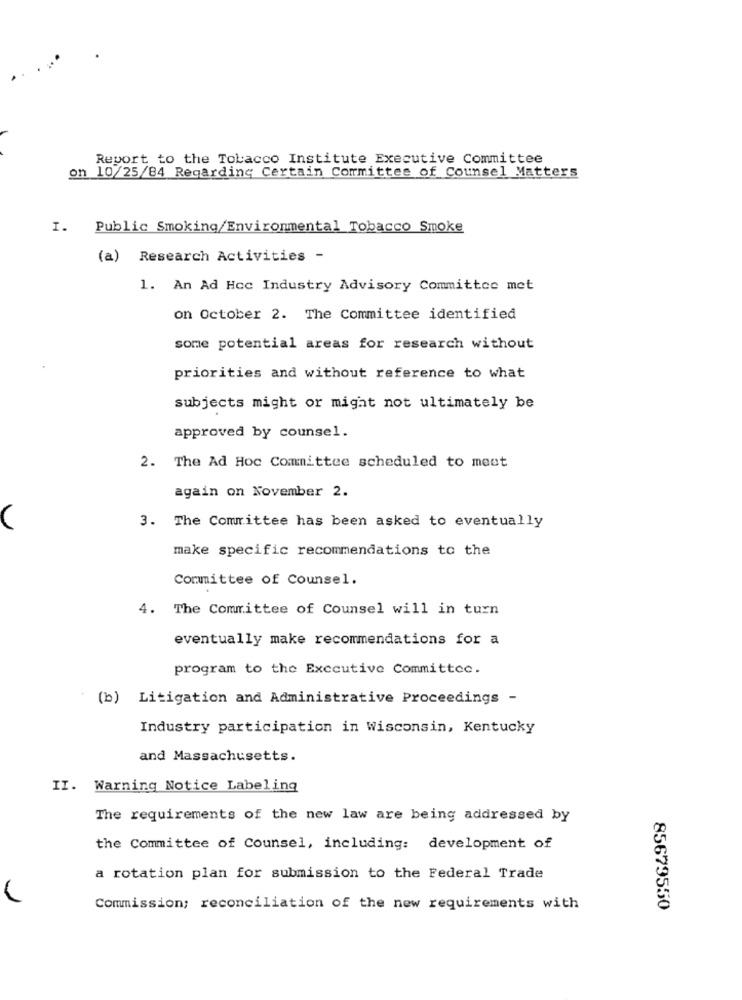
Report to the Tobacco Institute Executive Committee
on 10/25/84 Regarding Certain Committee of Counsel Matters
I. Public Smoking/Environmental Tobacco Smoke
(a) Research Activities -
1. An Ad Hoc Industry Advisory Committee met
on October 2. The Committee identified
some potential areas for research without
priorities and without reference to what
subjects might or might not ultimately be
approved by counsel.
2. The Ad Hoc Committee scheduled to meet
again on November 2.
3. The Committee has been asked to eventually
(
make specific recommendations to the
Committee of Counsel.
4. The Committee of Counsel will in turn
eventually make recommendations for a
program to the Executive Committee.
(b) Litigation and Administrative Proceedings -
Industry participation in Wisconsin, Kentucky
and Massachusetts.
II. Warning Notice Labeling
The requirements of the new law are being addressed by
the Committee of Counsel, including: development of
a rotation plan for submission to the Federal Trade
Commission; reconciliation of the new requirements with
85679550